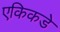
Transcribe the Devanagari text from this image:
एकिकडे